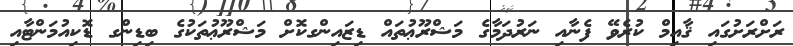
ރަށްރަށުގައި ޤާއިމް ކުރެވޭ ފެނާއި ނަރުދަމާގެ މަޝްރޫޢުތައް ޑިޒައިންގކޮށް މަޝްރޫޢުތަކުގެ ބިޑިންގ ޑޮކިއުމަންޓާއި